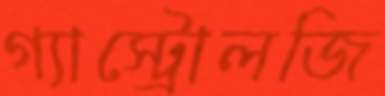
গ্যাস্ট্রোলজি